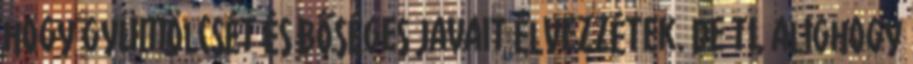
hogy gyümölcsét és bőséges javait élvezzétek. De ti, alighogy